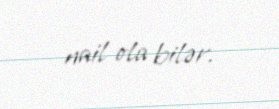
nail ola bilər.